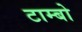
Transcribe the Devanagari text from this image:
टाम्‍बो